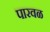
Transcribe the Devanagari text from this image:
पारवळ